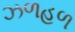
ઝળહળ